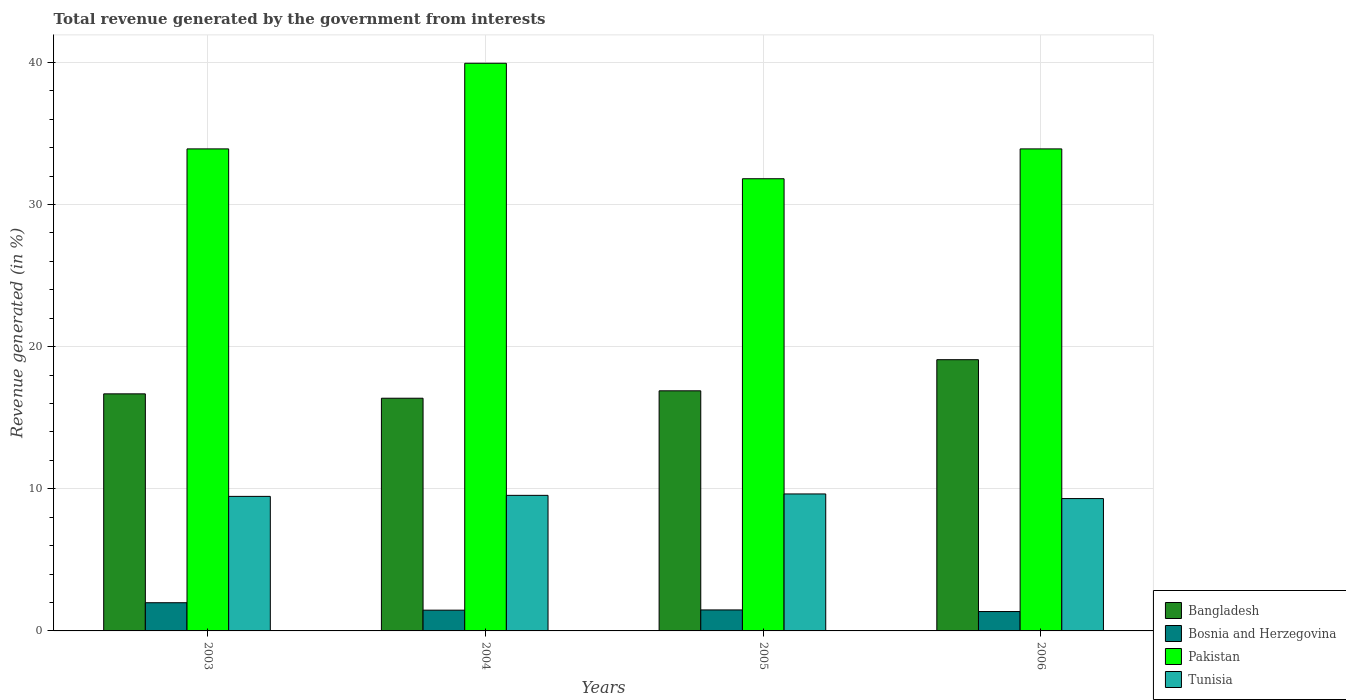
| Years | Bangladesh | Bosnia and Herzegovina | Pakistan | Tunisia |
 | --- | --- | --- | --- | --- |
 | 2003 | 16.7 | 1.98 | 33.9 | 9.47 |
 | 2004 | 16.4 | 1.46 | 39.9 | 9.54 |
 | 2005 | 16.9 | 1.48 | 31.8 | 9.64 |
 | 2006 | 19.1 | 1.36 | 33.9 | 9.31 |